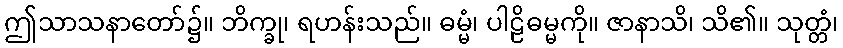
ဤသာသနာတော်၌။ ဘိက္ခု၊ ရဟန်းသည်။ ဓမ္မံ၊ ပါဠိဓမ္မကို။ ဇာနာသိ၊ သိ၏။ သုတ္တံ၊